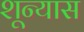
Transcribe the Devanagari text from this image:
शून्यास